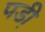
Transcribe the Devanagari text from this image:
पडी़